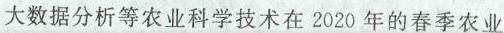
大数据分析等农业科学技术在2020年的春季农业